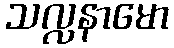
သလ္လနာမော